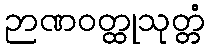
ဉာဏဝတ္ထုသုတ္တံ